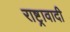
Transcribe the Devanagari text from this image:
राष्ट्रावादी